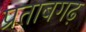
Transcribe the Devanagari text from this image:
प्रताबगढ़